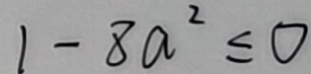
1 - 8 a ^ { 2 } \leq 0